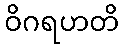
ဝိဂရဟတိ